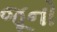
જૂનો